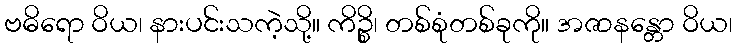
ဗဓိရော ဝိယ၊ နားပင်းသကဲ့သို့။ ကိဉ္စိ၊ တစ်စုံတစ်ခုကို။ အဇာနန္တော ဝိယ၊